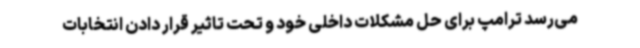
می‌رسد ترامپ برای حل مشکلات داخلی خود و تحت تاثیر قرار دادن انتخابات